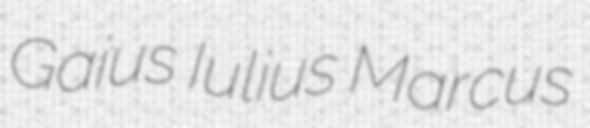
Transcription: Gaius Iulius Marcus